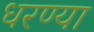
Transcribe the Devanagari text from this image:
धरण्या